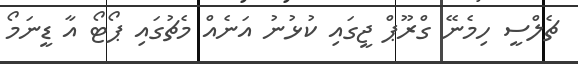
ޗެލްސީ ހިމެނޭ ގްރޫޕް ޖީގައި ކުޅުނު އަނެއް މެޗުގައި ޕޯޓޯ އާ ޑީނަމޯ